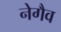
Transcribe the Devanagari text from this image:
नेगैव